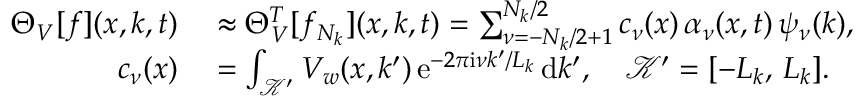
\begin{array} { r l } { \Theta _ { V } [ f ] ( x , k , t ) } & { { } \approx \Theta _ { V } ^ { T } [ f _ { N _ { k } } ] ( x , k , t ) = \sum _ { \nu = - N _ { k } / 2 + 1 } ^ { N _ { k } / 2 } c _ { \nu } ( x ) \, \alpha _ { \nu } ( x , t ) \, \psi _ { \nu } ( k ) , } \\ { c _ { \nu } ( x ) } & { { } = \int _ { \mathcal { K ^ { \prime } } } V _ { w } ( x , k ^ { \prime } ) \, \mathrm { e } ^ { - 2 \pi \mathrm { i } \nu k ^ { \prime } / L _ { k } } \, \mathrm { d } k ^ { \prime } , \quad \mathcal { K ^ { \prime } } = [ - L _ { k } , \, L _ { k } ] . } \end{array}